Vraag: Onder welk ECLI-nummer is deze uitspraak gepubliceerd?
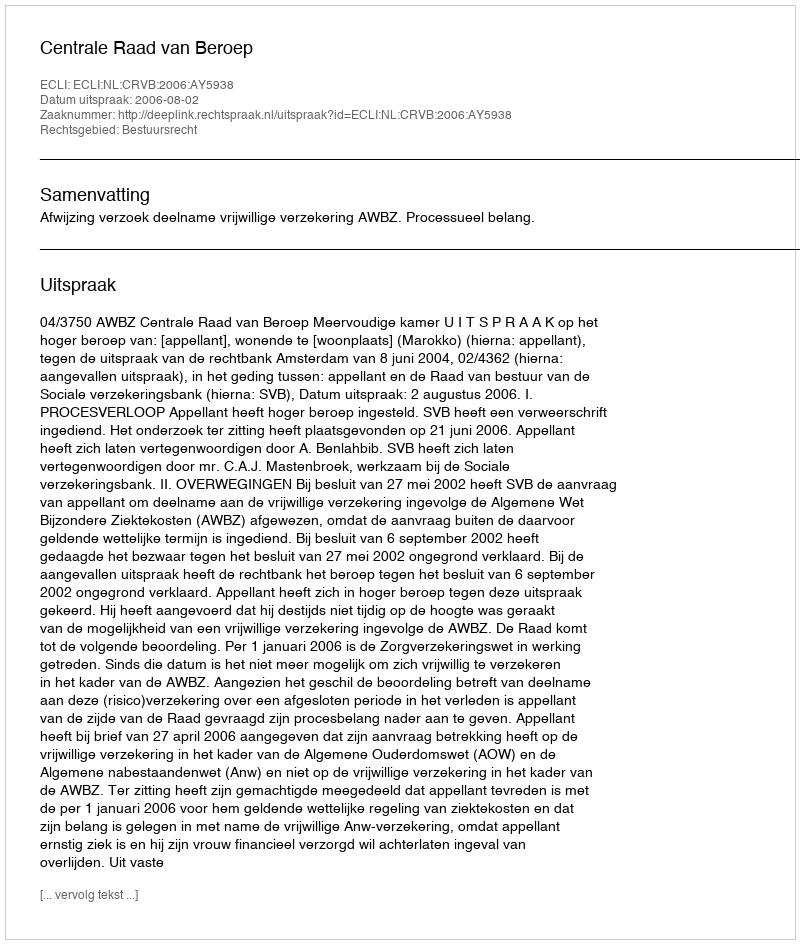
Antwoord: ECLI:NL:CRVB:2006:AY5938